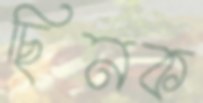
ছিনক